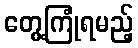
တွေ့ကြုံရမည့်